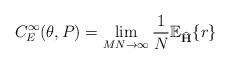
LaTeX: \begin{align*}C_E^{\infty}(\theta,P) = \lim_{MN \to \infty} \frac{1}{N} \mathbb{E}_{\widehat{\mathbf{H}}} \{r\}\end{align*}